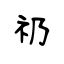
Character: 礽